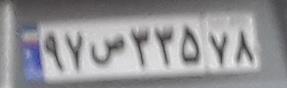
۹۷ص۳۳۵۷۸